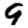
Digit: 9